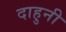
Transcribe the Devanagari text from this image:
दाहुनी